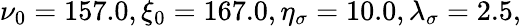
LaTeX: \nu_{0}=157.0,\xi_{0}=167.0,\eta_{\sigma}=10.0,\lambda_{\sigma}=2.5,